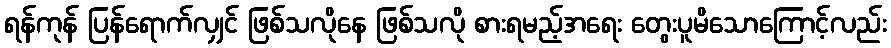
ရန်ကုန် ပြန်ရောက်လျှင် ဖြစ်သလိုနေ ဖြစ်သလို စားရမည့်အရေး တွေးပူမိသောကြောင့်လည်း